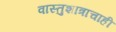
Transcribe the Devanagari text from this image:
वास्तुशात्राचाही